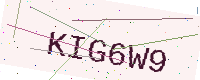
Text: KIG6W9